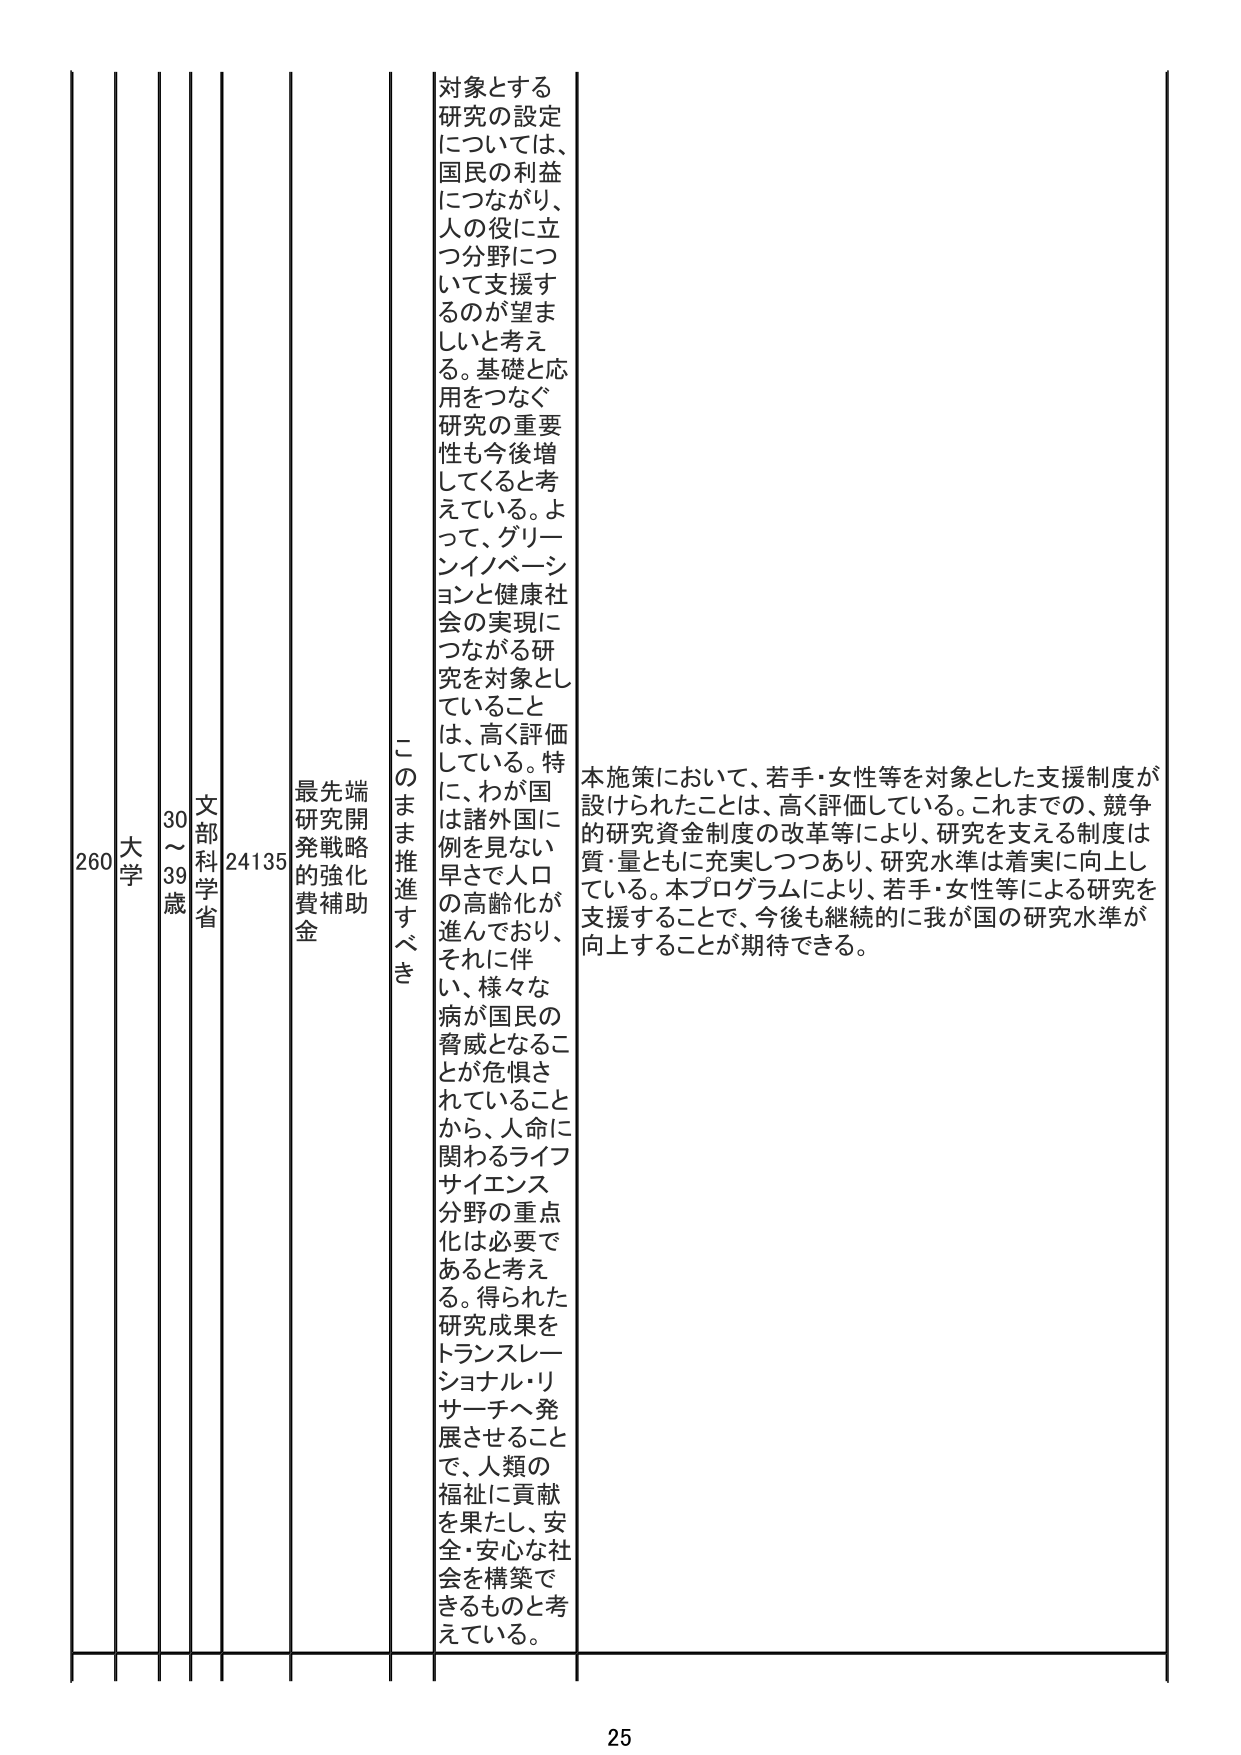
260 大学 30～39歳 文部科学省 24135 最先端研究開発戦略的強化費補助金 このまま推進すべき 対象とする研究の設定については、国民の利益につながり、人の役に立つ分野について支援するのが望ましいと考える。基礎と応用をつなぐ研究の重要性も今後増してくると考えている。よって、グリーンイノベーションと健康社会の実現につながる研究を対象としていることは、高く評価している。特に、わが国は諸外国に例を見ない早さで人口の高齢化が進んでおり、それに伴い、様々な病が国民の脅威となることが危惧されていることから、人命に関わるライフサイエンス分野の重点化は必要であると考える。得られた研究成果をトランスレーショナル・リサーチへ発展させることで、人類の福祉に貢献を果たし、安全・安心な社会を構築できるものと考えている。 本施策において、若手・女性等を対象とした支援制度が設けられたことは、高く評価している。これまでの、競争的研究資金制度の改革等により、研究を支える制度は質・量ともに充実しつつあり、研究水準は着実に向上している。本プログラムにより、若手・女性等による研究を支援することで、今後も継続的に我が国の研究水準が向上することが期待できる。 25